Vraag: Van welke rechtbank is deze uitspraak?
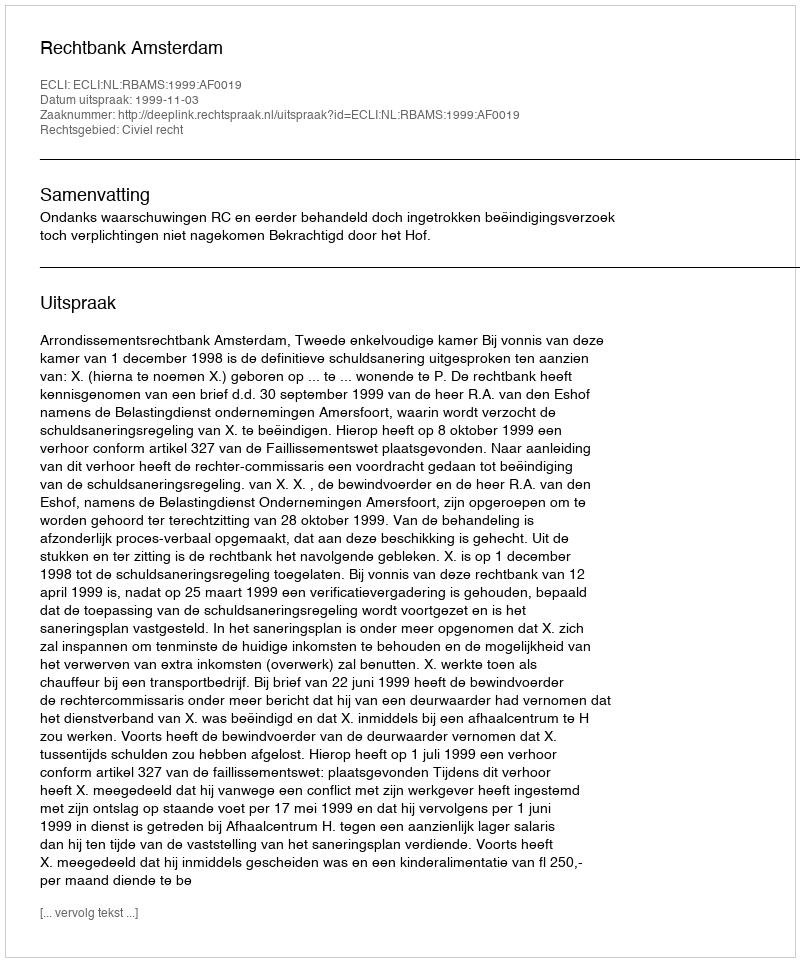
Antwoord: Rechtbank Amsterdam